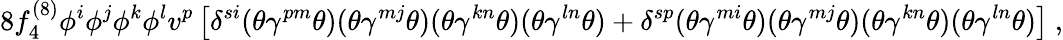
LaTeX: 8f_{4}^{(8)}\phi^{i}\phi^{j}\phi^{k}\phi^{l}v^{p}\left[\delta^{si}(\theta\gamma^{pm}\theta)(\theta\gamma^{mj}\theta)(\theta\gamma^{kn}\theta)(\theta\gamma^{ln}\theta)+\delta^{sp}(\theta\gamma^{mi}\theta)(\theta\gamma^{mj}\theta)(\theta\gamma^{kn}\theta)(\theta\gamma^{ln}\theta)\right]~,